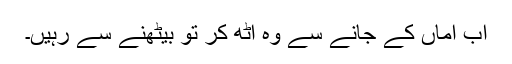
اب اماں کے جانے سے وہ اٹھ کر تو بیٹھنے سے رہیں۔